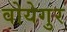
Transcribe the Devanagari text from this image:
वोयेगुर